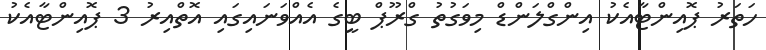
ހަތަރު ޕޮއިންޓާއެކު އިންގްލަންޑް މިވަގުތު ގްރޫޕް ބީގެ އެއްވަނައިގައި އޮތްއިރު 3 ޕޮއިންޓާއެކު